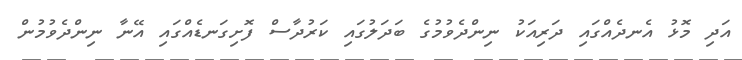
އަދި މޮޅު އެނދެއްގައި ދަރިއަކު ނިންދެވުމުގެ ބަދަލުގައި ކަރުދާސް ފޮށިގަނޑެއްގައި އޭނާ ނިންދެވުމުން